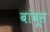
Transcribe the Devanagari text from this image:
बांबूस